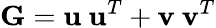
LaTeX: \textbf{G}=\textbf{u}\ \textbf{u}^{T}+\textbf{v}\ \textbf{v}^{T}